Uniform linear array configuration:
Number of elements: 48
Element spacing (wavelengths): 0.75
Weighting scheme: uniform
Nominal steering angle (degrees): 30
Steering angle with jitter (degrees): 29.129
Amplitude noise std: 0.05
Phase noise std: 0.05

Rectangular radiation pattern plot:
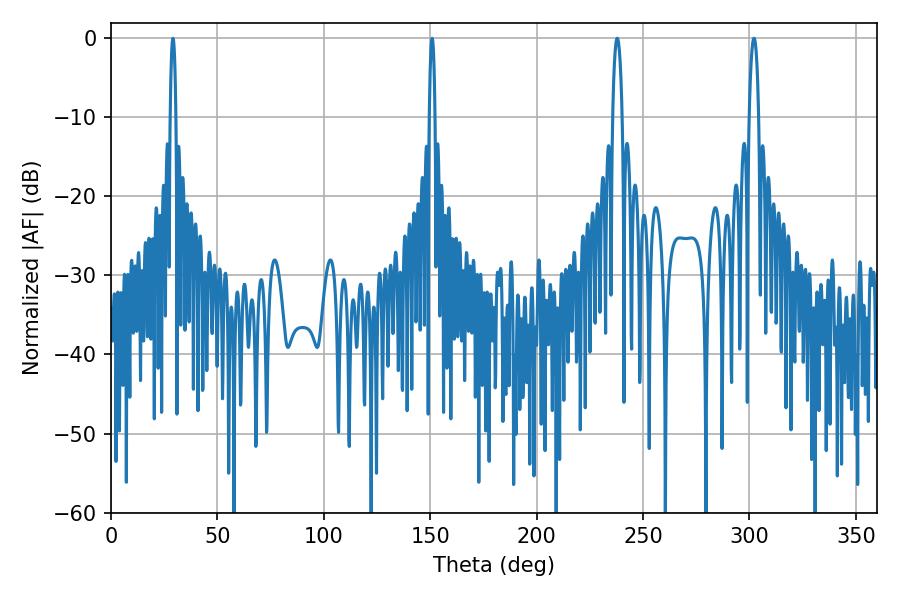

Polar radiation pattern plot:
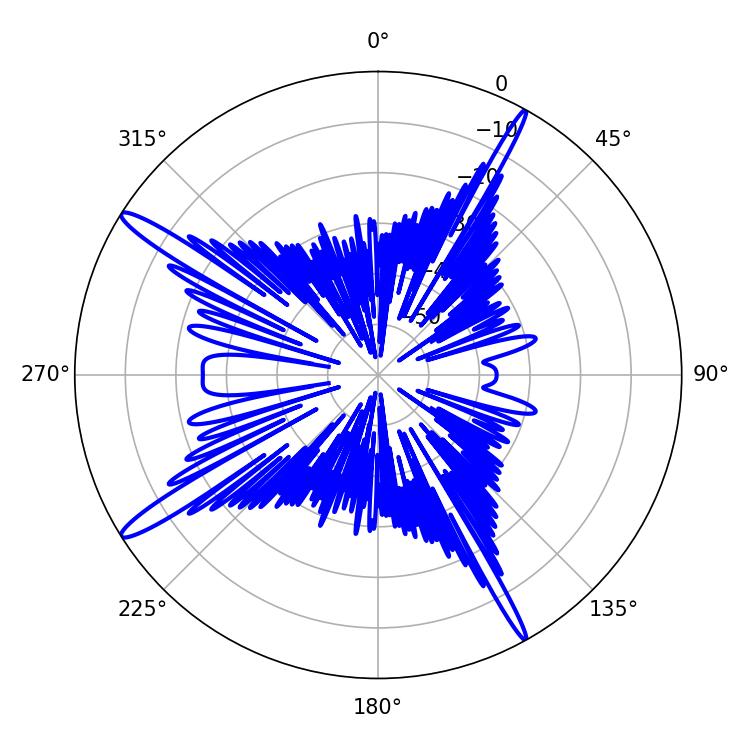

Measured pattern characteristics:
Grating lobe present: TRUE
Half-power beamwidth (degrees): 1.44
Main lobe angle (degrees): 29.16